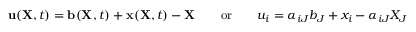
\ \mathbf { u } ( \mathbf { X } , t ) = \mathbf { b } ( \mathbf { X } , t ) + \mathbf { x } ( \mathbf { X } , t ) - \mathbf { X } \qquad { \mathrm { o r } } \qquad u _ { i } = \alpha _ { i J } b _ { J } + x _ { i } - \alpha _ { i J } X _ { J }